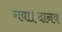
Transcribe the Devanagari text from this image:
गया।दानव